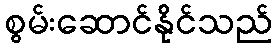
စွမ်းဆောင်နိုင်သည်